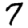
Digit: 7